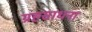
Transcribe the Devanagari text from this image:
ग्रहसाधना